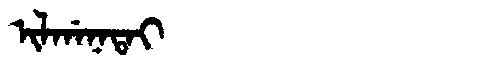
Manchu: ᡳᠯᡤᠠᠨᠠᡨᠠᡳ
Romanization: ILGANATAI